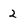
Character: 2